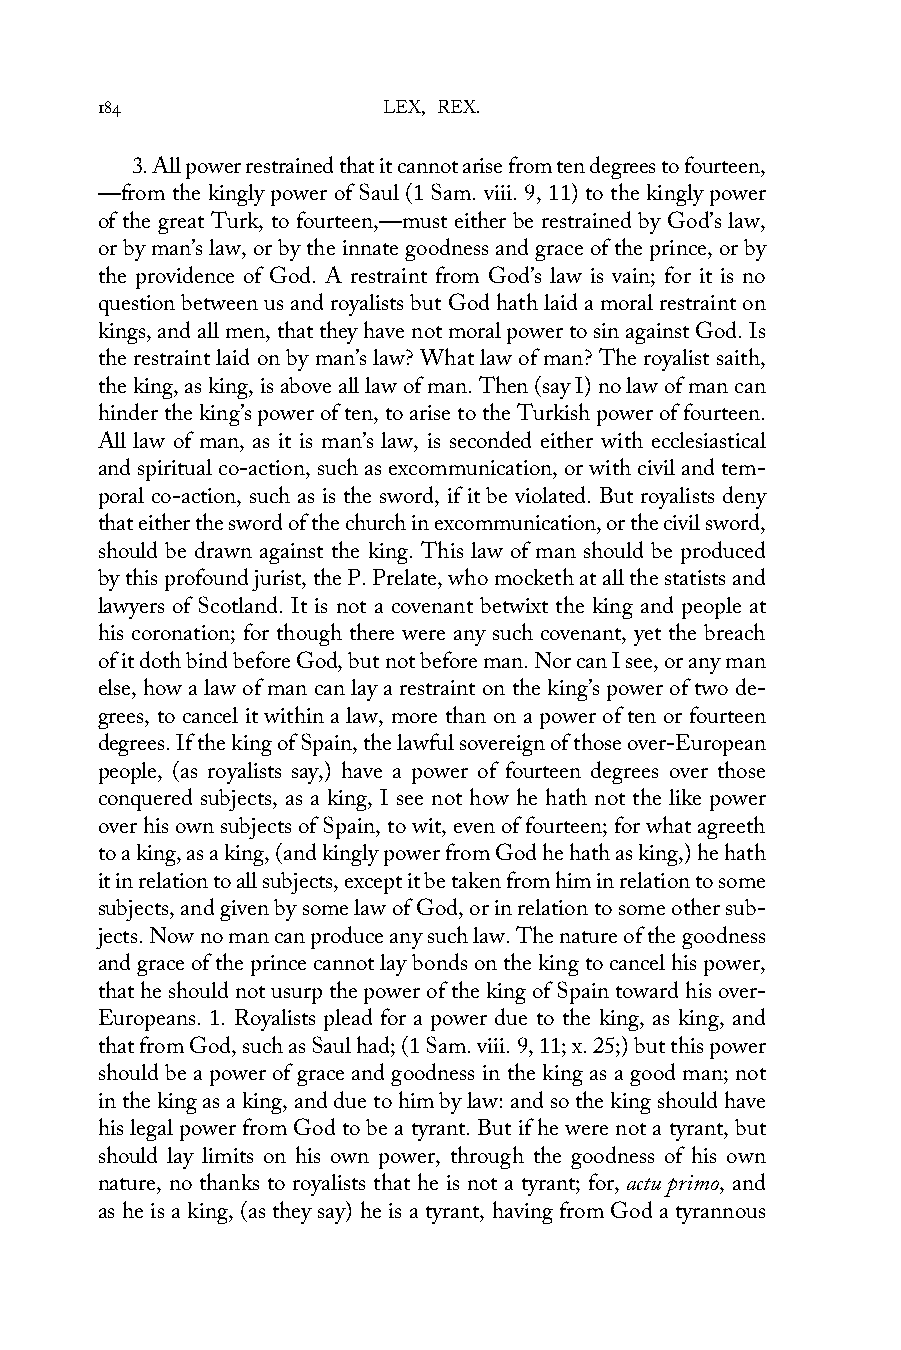
184                LEX, REX.
 3. All power restrained that it cannot arise from ten degrees to fourteen,
 —from the kingly power of Saul (1 Sam. viii. 9, 11) to the kingly power
 of the great Turk, to fourteen,—must either be restrained by God’s law,
 or by man’s law, or by the innate goodness and grace of the prince, or by
 the providence of God. A restraint from God’s law is vain; for it is no
 question between us and royalists but God hath laid a moral restraint on
 kings, and all men, that they have not moral power to sin against God. Is
 the restraint laid on by man’s law? What law of man? The royalist saith,
 the king, as king, is above all law of man. Then (say I) no law of man can
 hinder the king’s power of ten, to arise to the Turkish power of fourteen.
 All law of man, as it is man’s law, is seconded either with ecclesiastical
 and spiritual co-action, such as excommunication, or with civil and tem-
 poral co-action, such as is the sword, if it be violated. But royalists deny
 that either the sword of the church in excommunication, or the civil sword,
 should be drawn against the king. This law of man should be produced
 by this profound jurist, the P. Prelate, who mocketh at all the statists and
 lawyers of Scotland. It is not a covenant betwixt the king and people at
 his coronation; for though there were any such covenant, yet the breach
 of it doth bind before God, but not before man. Nor can I see, or any man
 else, how a law of man can lay a restraint on the king’s power of two de-
 grees, to cancel it within a law, more than on a power of ten or fourteen
 degrees. If the king of Spain, the lawful sovereign of those over-European
 people, (as royalists say,) have a power of fourteen degrees over those
 conquered subjects, as a king, I see not how he hath not the like power
 over his own subjects of Spain, to wit, even of fourteen; for what agreeth
 to a king, as a king, (and kingly power from God he hath as king,) he hath
 it in relation to all subjects, except it be taken from him in relation to some
 subjects, and given by some law of God, or in relation to some other sub-
 jects. Now no man can produce any such law. The nature of the goodness
 and grace of the prince cannot lay bonds on the king to cancel his power,
 that he should not usurp the power of the king of Spain toward his over-
 Europeans. 1. Royalists plead for a power due to the king, as king, and
 that from God, such as Saul had; (1 Sam. viii. 9, 11; x. 25;) but this power
 should be a power of grace and goodness in the king as a good man; not
 in the king as a king, and due to him by law: and so the king should have
 his legal power from God to be a tyrant. But if he were not a tyrant, but
 should lay limits on his own power, through the goodness of his own
 nature, no thanks to royalists that he is not a tyrant; for, actu primo, and
 as he is a king, (as they say) he is a tyrant, having from God a tyrannous